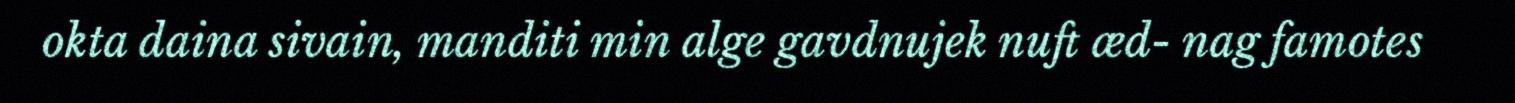
okta daina sivain, manditi min alge gavdnujek nuft æd- nag famotes